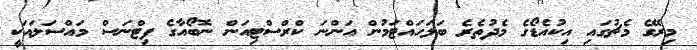
މިރޭގެ މެޗުގައި އިކުއެޑޯގެ މެދުތެރެ ބަލަހައްޓަމުން އަންނަ ކްރްސްޓިއަން ނޮބޯއާގެ ފިޓްނަސް މައްސަލައަކީ